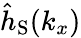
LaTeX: {\hat{h}}_{\mathrm{S}}({k_{x}})